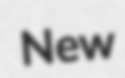
New